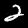
Digit: 2